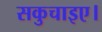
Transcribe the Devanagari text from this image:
सकुचाइए।